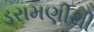
ડરામણીથી